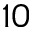
1 0